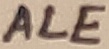
Text: ALE